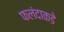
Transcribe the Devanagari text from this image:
फलंदाकडे